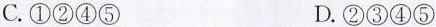
C.①②④⑤ D.②③④⑤